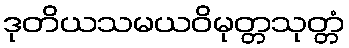
ဒုတိယသမယဝိမုတ္တသုတ္တံ